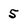
Character: 5